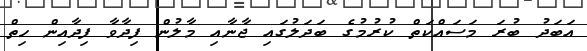
އަބަދު ބުރަ މަސައްކަތް ކުރުމުގެ ބަދަލުގައި ޖާނާއި މާލުން ފިދާވާ ފިދާއިން ހިތް